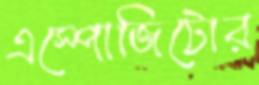
এস্পোজিটোর